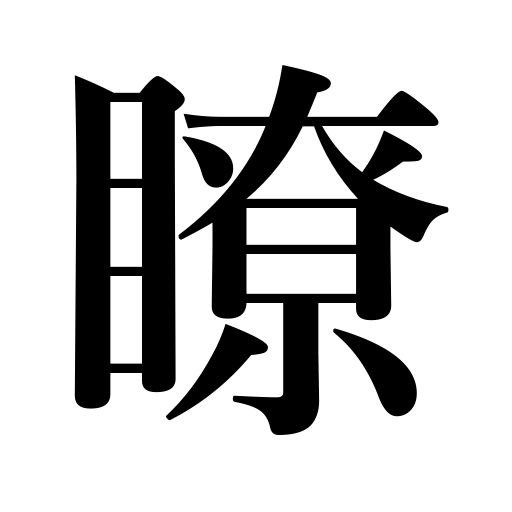
Meanings: clear